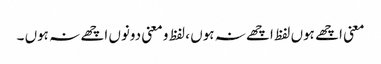
معنی اچھے ہوں لفظ اچھے نہ ہوں ، لفظ و معنی دونوں اچھے نہ ہوں ۔